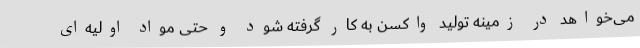
می‌خواهد در زمینه تولید واکسن به کار گرفته شود و حتی مواد اولیه‌ای